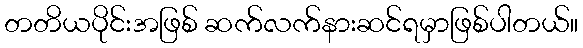
တတိယပိုင်းအဖြစ် ဆက်လက်နားဆင်ရမှာဖြစ်ပါတယ်။